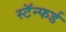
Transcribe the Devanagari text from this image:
स्टॅन्फर्ड